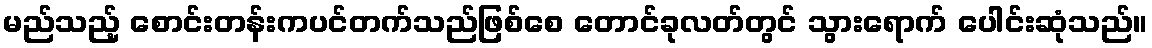
မည်သည့် စောင်းတန်းကပင်တက်သည်ဖြစ်စေ တောင်ခုလတ်တွင် သွားရောက် ပေါင်းဆုံသည်။